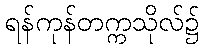
ရန်ကုန်တက္ကသိုလ်၌